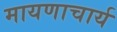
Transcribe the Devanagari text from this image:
मायणाचार्य